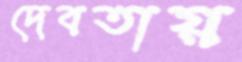
দেবতায়